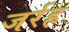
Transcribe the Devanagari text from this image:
जर्रह